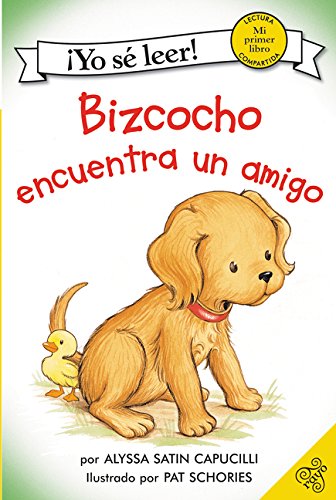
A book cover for Biscuit Finds a Friend (Spanish edition): Bizcocho encuentra un amigo (My First I Can Read); Alyssa Satin Capucilli; Children's Books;